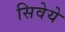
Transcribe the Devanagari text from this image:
सिवेये